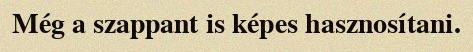
Még a szappant is képes hasznosítani.